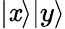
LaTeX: |\mathit{x}\rangle|y\rangle